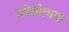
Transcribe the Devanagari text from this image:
कोशोत्मक